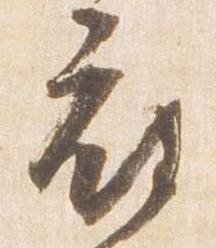
府